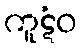
ကူဋံဝ